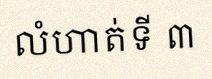
លំហាត់ទី ៣